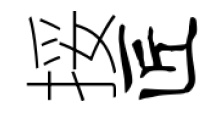
挼匠